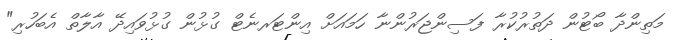
މަތިންދާ ބޯޓުން ދަތުރުކުރާ ފަސިންޖަރުންނާ ހަމައަށް އިންޓަރނެޓް ގުޅުން ގުޅުވައިދޭ އާލާތް އެބަހުރި"